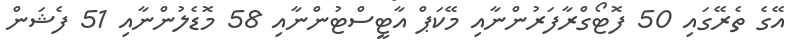
އޭގެ ތެރޭގައި 50 ފޮޓޯގްރާފަރުންނާއި މޭކަޕް އާޓީސްޓުންނާއި 58 މޮޑެލުންނާއި 51 ފެޝަން